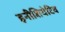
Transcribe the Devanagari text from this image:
इनीशियेटिव